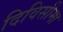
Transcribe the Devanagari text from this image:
दिविसीमा